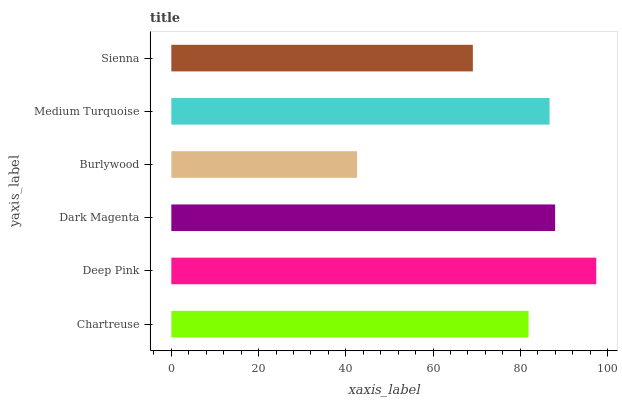
| yaxis_label | bars |
 | --- | --- |
 | Chartreuse | 81.9 |
 | Deep Pink | 97.4 |
 | Dark Magenta | 88 |
 | Burlywood | 42.6 |
 | Medium Turquoise | 86.7 |
 | Sienna | 69.1 |